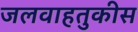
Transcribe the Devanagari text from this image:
जलवाहतुकीस